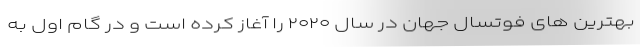
بهترین های فوتسال جهان در سال ۲۰۲۰ را آغاز کرده است و در گام اول به